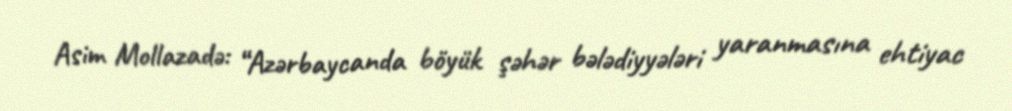
Asim Mollazadə: “Azərbaycanda böyük şəhər bələdiyyələri yaranmasına ehtiyac